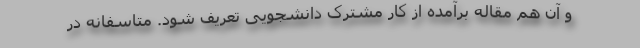
و آن هم مقاله برآمده از کار مشترک دانشجویی تعریف شود. متاسفانه در